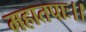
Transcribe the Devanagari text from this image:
महातपाः।।